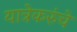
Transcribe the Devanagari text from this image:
यात्रेकरुंचे